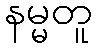
နမ္မတူ